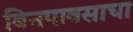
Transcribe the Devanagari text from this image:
बिनपावसाचा